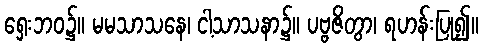
ရှေးဘဝ၌။ မမသာသနေ၊ ငါ့သာသနာ၌။ ပဗ္ဗဇိတွာ၊ ရဟန်းပြု၍။